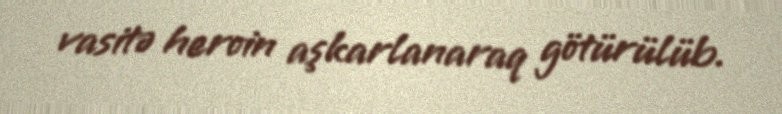
vasitə heroin aşkarlanaraq götürülüb.